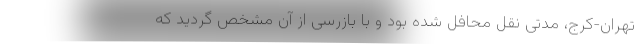
تهران-کرج، مدتی نقل محافل شده بود و با بازرسی از آن مشخص گردید که